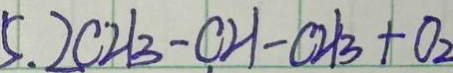
5 . 2 C H _ { 3 } - C H - C H _ { 3 } + O _ { 2 }